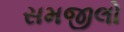
સમજીલો